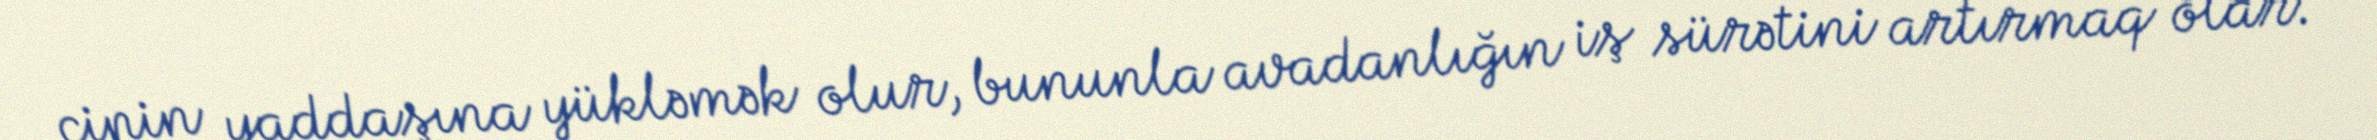
çipin yaddaşına yükləmək olur, bununla avadanlığın iş sürətini artırmaq olar.